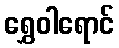
ရွှေဝါရောင်